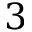
3